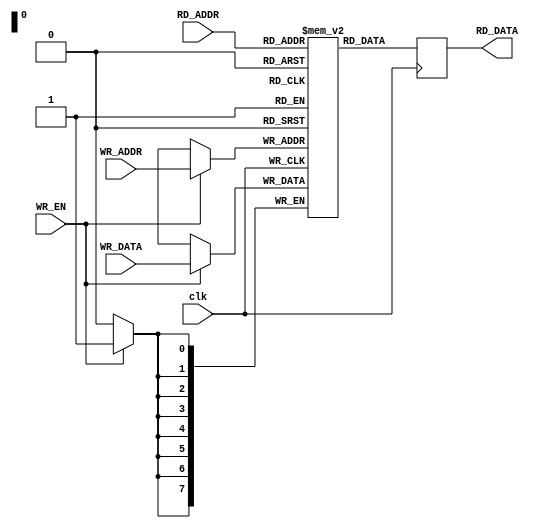
module bram #(
	parameter ABITS = 8, DBITS = 8,
	parameter INIT_ADDR = 0, INIT_DATA = 0
) (
	input clk,

	input [ABITS-1:0] WR_ADDR,
	input [DBITS-1:0] WR_DATA,
	input WR_EN,

	input [ABITS-1:0] RD_ADDR,
	output reg [DBITS-1:0] RD_DATA
);
	reg [DBITS-1:0] memory [0:2**ABITS-1];

	initial begin
		memory[INIT_ADDR] <= INIT_DATA;
	end

	always @(posedge clk) begin
		if (WR_EN) memory[WR_ADDR] <= WR_DATA;
		RD_DATA <= memory[RD_ADDR];
	end
endmodule